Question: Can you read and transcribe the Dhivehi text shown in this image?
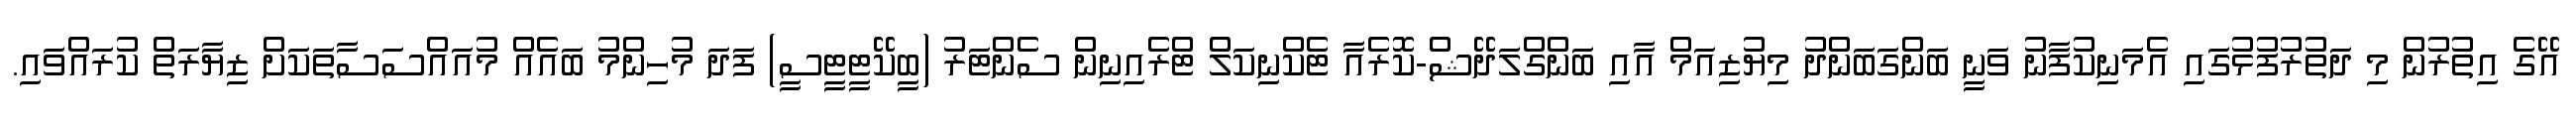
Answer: އޭގެ އިތުރުން މި ދަތުރުފުޅުގައި އެމަނިކުފާނު ވަނީ ބަންގަބަންދު މިޔުޒިއަމް އާއި ބަންގްލަދޭޝް-ކޮރެއާ ޓެކްނިކަލް ޓްރެއިނިން ސެންޓަރު (ބީކޭޓީޓީސީ) ފަދަ މުހިންމު ބައެއް މުއައްސަސާތަކަށް ޒިޔާރަތް ކުރައްވައި.